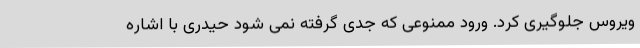
ویروس جلوگیری کرد. ورود ممنوعی که جدی گرفته نمی شود حیدری با اشاره